Mobilization store table India
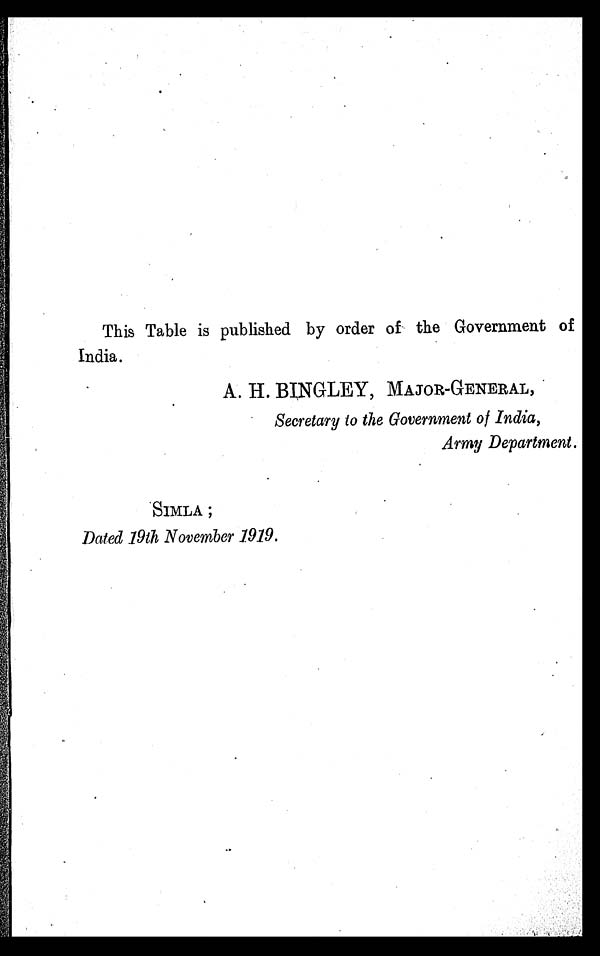
This Table is published by order of the Government of
India.
A. H. BINGLEY, MAJOR-GENERAL,
Secretary to the Government of India,
Army Department.
SIMLA ;
Dated 19th November 1919.